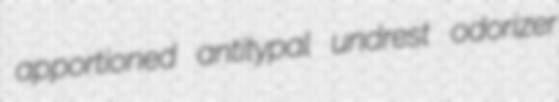
apportioned antitypal undrest odorizer